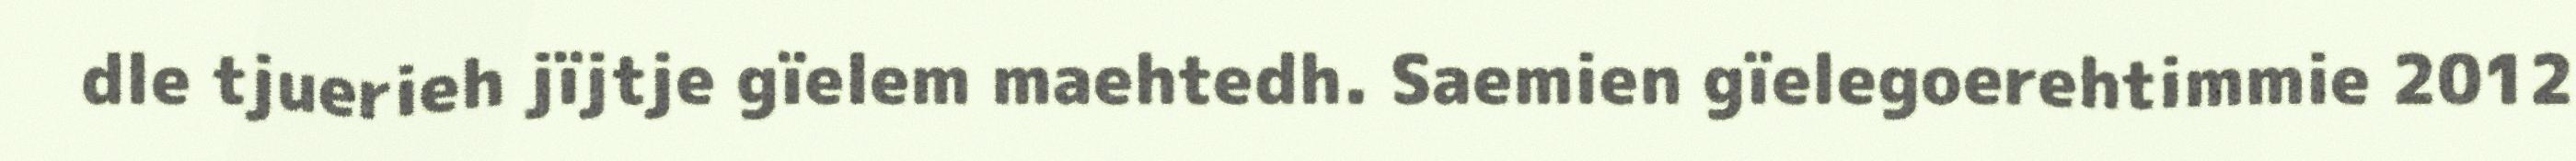
dle tjuerieh jïjtje gïelem maehtedh. Saemien gïelegoerehtimmie 2012